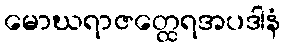
မောဃရာဇတ္ထေရအပဒါနံ